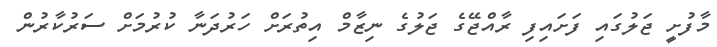
މާފުށީ ޖަލުގައި ފަށައިފި ރާއްޖޭގެ ޖަލުގެ ނިޒާމް އިތުރަށް ހަރުދަނާ ކުރުމަށް ސަރުކާރުން